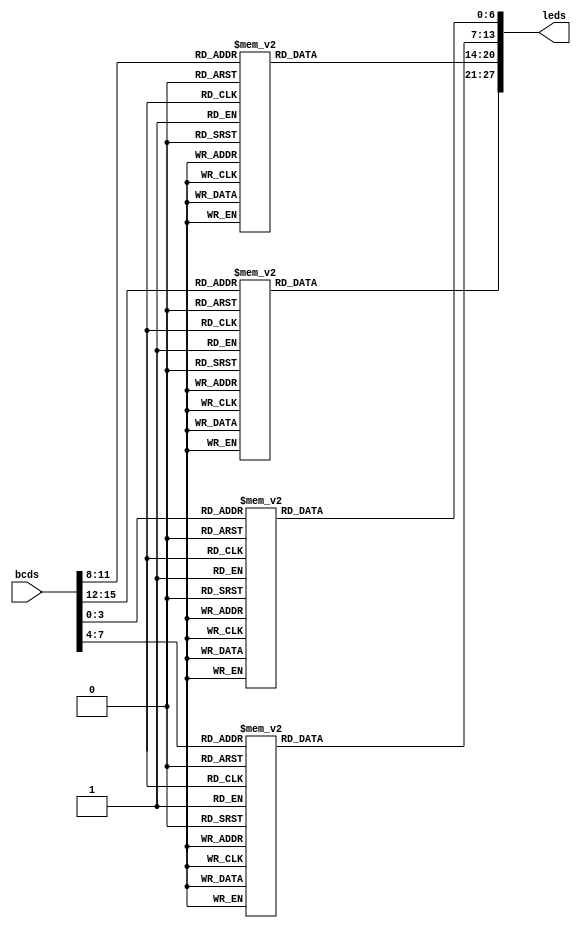
//%   -a-                            %
//% f|   |b                          %
//%   -g-                            %
//% e|   |c                          %
//%   -d-                            %
//%                                  %
//% 0 1 2 3 4 5 6 7 8 9 A b C d E F  %
//%                                  %

module seg7
# (parameter digits=4)
(
	input [4*digits-1:0] bcds,
	output reg [7*digits-1:0] leds
);

	integer k;

	always @ (bcds)
		for (k=0; k<digits; k=k+1)
			case (bcds[4*k+:4])		//abcdefg or 0123456
				4'd0: leds[7*k+:7] <= ~7'b1111110;
				4'd1: leds[7*k+:7] <= ~7'b0110000;
				4'd2: leds[7*k+:7] <= ~7'b1101101;
				4'd3: leds[7*k+:7] <= ~7'b1111001;
				4'd4: leds[7*k+:7] <= ~7'b0110011;
				4'd5: leds[7*k+:7] <= ~7'b1011011;
				4'd6: leds[7*k+:7] <= ~7'b1011111;
				4'd7: leds[7*k+:7] <= ~7'b1110000;
				4'd8: leds[7*k+:7] <= ~7'b1111111;
				4'd9: leds[7*k+:7] <= ~7'b1111011;
				default: leds[7*k+:7] <= 7'bx;
			endcase
endmodule